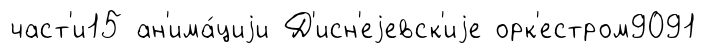
част'и15 ан'има́циjи Д'исн'еjевск'иjе орк'естром9091